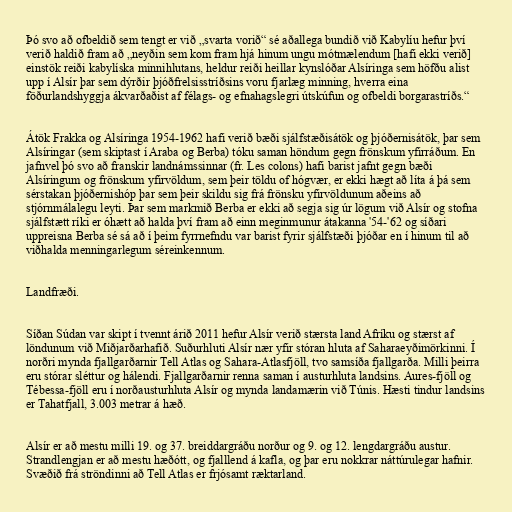
Þó svo að ofbeldið sem tengt er við „svarta vorið“ sé aðallega bundið við Kabylíu hefur því
verið haldið fram að „neyðin sem kom fram hjá hinum ungu mótmælendum [hafi ekki verið]
einstök reiði kabylíska minnihlutans, heldur reiði heillar kynslóðar Alsíringa sem höfðu alist
upp í Alsír þar sem dýrðir þjóðfrelsisstríðsins voru fjarlæg minning, hverra eina
föðurlandshyggja ákvarðaðist af félags- og efnahagslegri útskúfun og ofbeldi borgarastríðs.“

Átök Frakka og Alsíringa 1954-1962 hafi verið bæði sjálfstæðisátök og þjóðernisátök, þar sem
Alsíringar (sem skiptast í Araba og Berba) tóku saman höndum gegn frönskum yfirráðum. En
jafnvel þó svo að franskir landnámssinnar (fr. Les colons) hafi barist jafnt gegn bæði
Alsíringum og frönskum yfirvöldum, sem þeir töldu of hógvær, er ekki hægt að líta á þá sem
sérstakan þjóðernishóp þar sem þeir skildu sig frá frönsku yfirvöldunum aðeins að
stjórnmálalegu leyti. Þar sem markmið Berba er ekki að segja sig úr lögum við Alsír og stofna
sjálfstætt ríki er óhætt að halda því fram að einn meginmunur átakanna '54-'62 og síðari
uppreisna Berba sé sá að í þeim fyrrnefndu var barist fyrir sjálfstæði þjóðar en í hinum til að
viðhalda menningarlegum séreinkennum.

Landfræði.

Síðan Súdan var skipt í tvennt árið 2011 hefur Alsír verið stærsta land Afríku og stærst af
löndunum við Miðjarðarhafið. Suðurhluti Alsír nær yfir stóran hluta af Saharaeyðimörkinni. Í
norðri mynda fjallgarðarnir Tell Atlas og Sahara-Atlasfjöll, tvo samsíða fjallgarða. Milli þeirra
eru stórar sléttur og hálendi. Fjallgarðarnir renna saman í austurhluta landsins. Aures-fjöll og
Tébessa-fjöll eru í norðausturhluta Alsír og mynda landamærin við Túnis. Hæsti tindur landsins
er Tahatfjall, 3.003 metrar á hæð.

Alsír er að mestu milli 19. og 37. breiddargráðu norður og 9. og 12. lengdargráðu austur.
Strandlengjan er að mestu hæðótt, og fjalllend á kafla, og þar eru nokkrar náttúrulegar hafnir.
Svæðið frá ströndinni að Tell Atlas er frjósamt ræktarland.